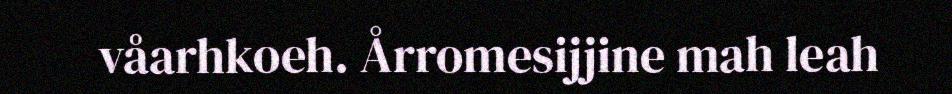
våarhkoeh. Årromesijjine mah leah